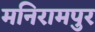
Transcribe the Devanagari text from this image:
मनिरामपुर